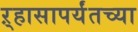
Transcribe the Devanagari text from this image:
ऱ्हासापर्यंतच्या